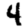
Digit: 4